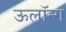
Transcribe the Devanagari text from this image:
ऊलॉन्ग